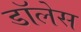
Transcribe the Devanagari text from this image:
डॉलेस